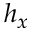
h _ { x }